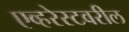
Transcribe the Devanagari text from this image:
एव्हरेस्टवरील